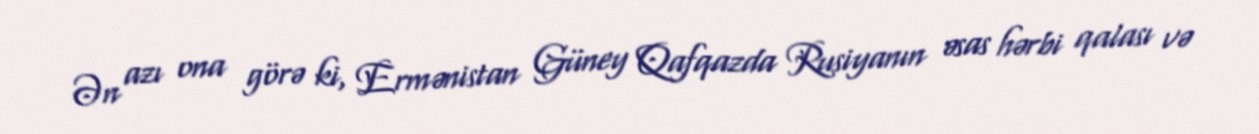
Ən azı ona görə ki, Ermənistan Güney Qafqazda Rusiyanın əsas hərbi qalası və